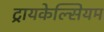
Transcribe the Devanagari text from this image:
ट्रायकेल्सियम